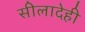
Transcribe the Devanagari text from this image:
सीलादेही